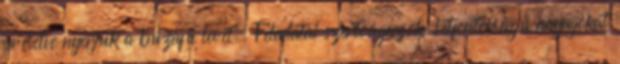
préselve nyerjük a búzafű levét. Feladatai szerteágazók: létfontosságú anyagokat